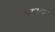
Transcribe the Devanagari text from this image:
आसप